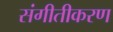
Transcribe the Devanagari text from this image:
संगीतीकरण